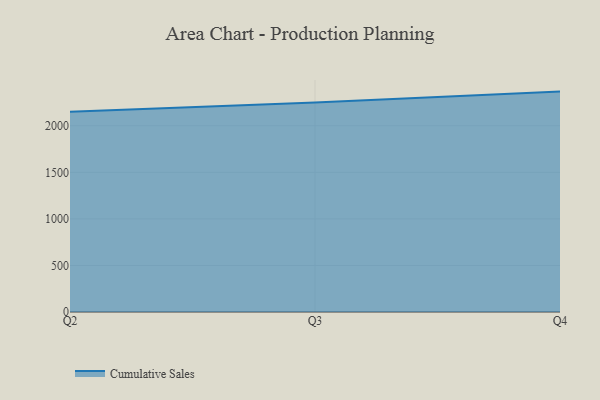
{"axis": {"x": "Quarter", "y": "Headcount"}, "legend": ["Cumulative Sales"], "data": [{"x": "Q2", "y": 2150.1, "type": "Cumulative Sales"}, {"x": "Q3", "y": 2250.0, "type": "Cumulative Sales"}, {"x": "Q4", "y": 2366.9, "type": "Cumulative Sales"}]}